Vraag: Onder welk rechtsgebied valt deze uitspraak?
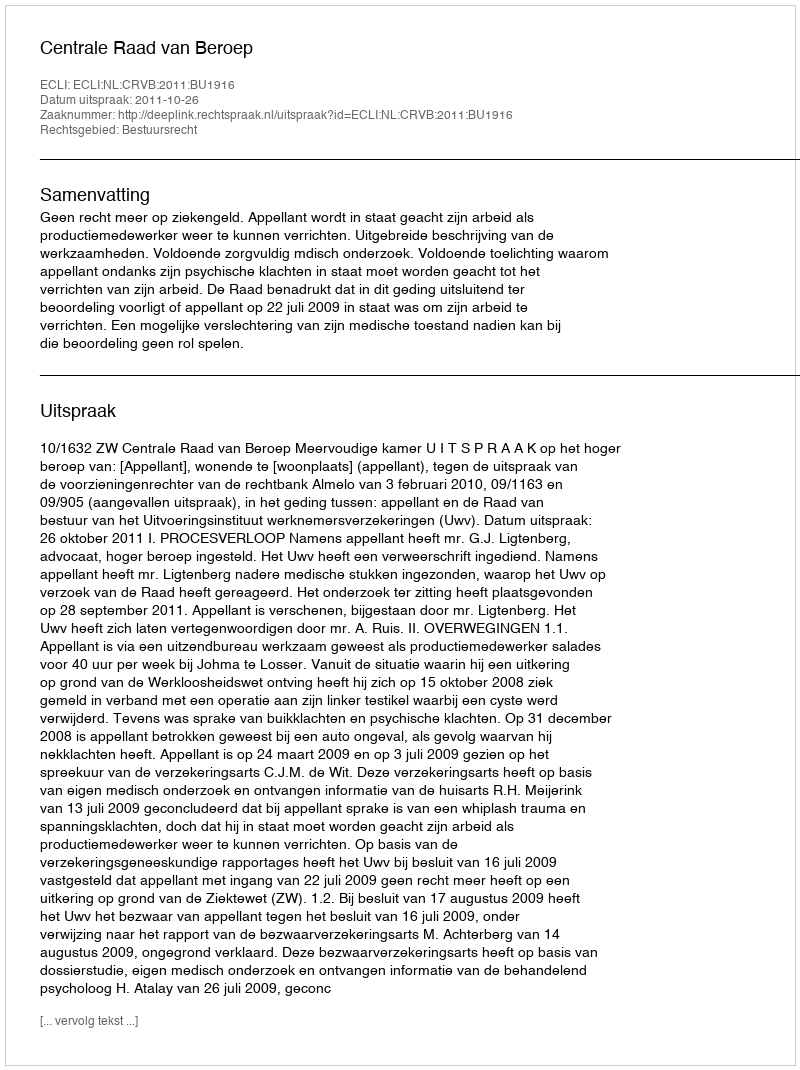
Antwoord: Bestuursrecht